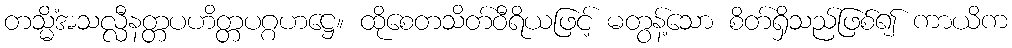
တသ္မိံအသလ္လီနတ္တပဟိတ္တပဂ္ဂဟဋ္ဌေ။ ထိုစေတသိတ်ဝီရိယဖြင့် မတွန့်သော စိတ်ရှိသည်ဖြစ်၍ ကာယိက